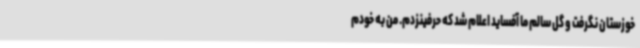
خوزستان نگرفت و گل سالم ما آفساید اعلام شد که حرفینزدم. من به خودم